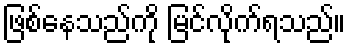
ဖြစ်နေသည်ကို မြင်လိုက်ရသည်။